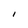
Character: I